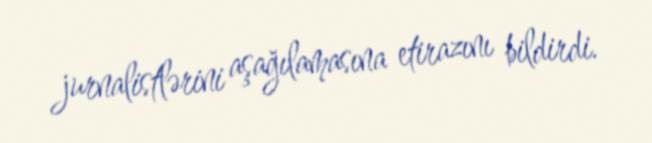
jurnalistlərini aşağılamasına etirazını bildirdi.